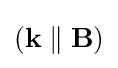
\left(\mathbf {k} \parallel \mathbf {B} \right)